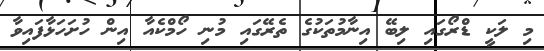
މި ލަކީ ޑްރޯގައި ލިބޭ އިނާމުތަކުގެ ތެރޭގައި މުނި ހޯމްކެއާ އިން ހުށަހަޅާފައިވާ